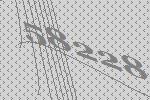
58228